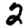
Digit: 2